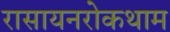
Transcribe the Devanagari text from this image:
रासायनरोकथाम